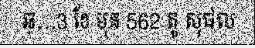
ឆ្...3 ខែ មុន 562 តូ សុផល